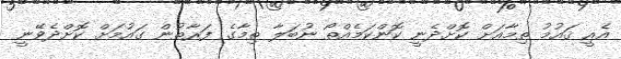
އެއީ ޤައުމު ތިމާއަށް ކޮށްދެނީ ކޮންކަމެއްތޯ ނުބަލާ ތިމާގެ ފަރާތުން ގައުމަށް ކޮށްދެވޭނީ